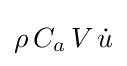
\rho \,C_{a}\,V\,{\dot {u}}